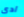
ادى